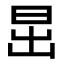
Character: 𣅽